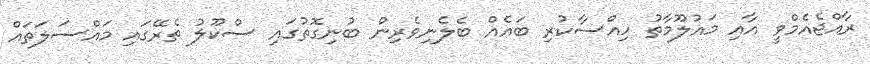
ރާއްޖެއެމްވީ އާއި މައުލޫމާތު ހިއްސާކުރި ބައެއް ބެލެނިވެރިން ބުނިގޮތުގައި ސްކޫލު ތެރޭގައި މައްސަލަތައް